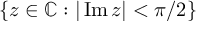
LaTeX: \{ z \in \mathbb { C } : | \operatorname { I m } z | < \pi / 2 \}